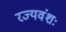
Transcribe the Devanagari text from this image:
रज्यवंशः